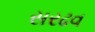
સરઢવ